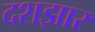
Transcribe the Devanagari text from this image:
दशझार